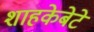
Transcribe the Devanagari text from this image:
शाहकेबेटे